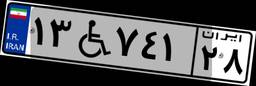
۱۳W۸۵۴۱۹